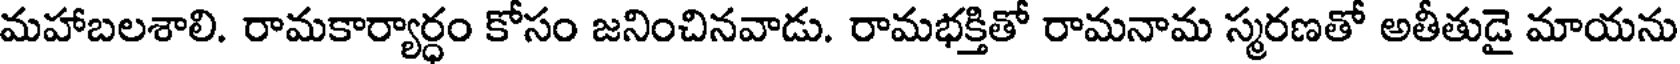
మహాబలశాలి. రామకార్యార్ధం కోసం జనించినవాడు. రామభక్తితో రామనామ స్మరణతో అతీతుడై మాయను